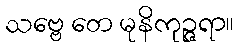
သဗ္ဗေ တေ မုနိကုဉ္ဇရာ။